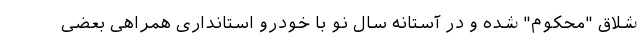
شلاق "محکوم" شده و در آستانه سال نو با خودرو استانداری همراهی بعضی